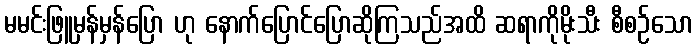
မမင်းဖြူမှန်မှန်ပြော ဟု နောက်ပြောင်ပြောဆိုကြသည်အထိ ဆရာကိုမိုးသီး စီစဉ်သော